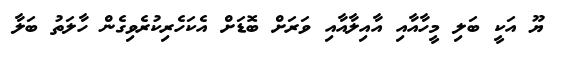
ޔޫ އަކީ ބަލި މީހާއާއި އާއިލާއާއި ވަރަށް ބޮޑަށް އެކަހެރިކުރެވިގެން ހާލަތު ބަލާ